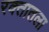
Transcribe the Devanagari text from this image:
रक्तातला